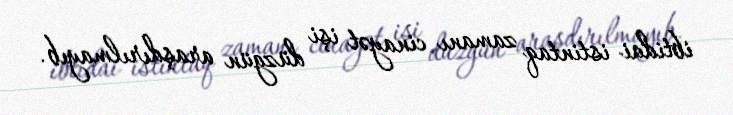
ibtidai istintaq zamanı cinayət işi düzgün araşdırılmayıb.